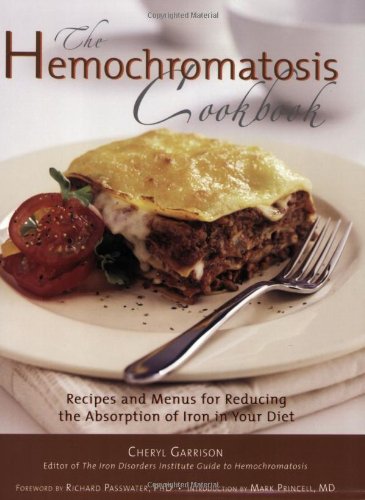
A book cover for The Hemochromatosis Cookbook: Recipes and Meals for Reducing the Absorption of Iron in Your Diet; Cheryl Garrison; Cookbooks, Food & Wine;